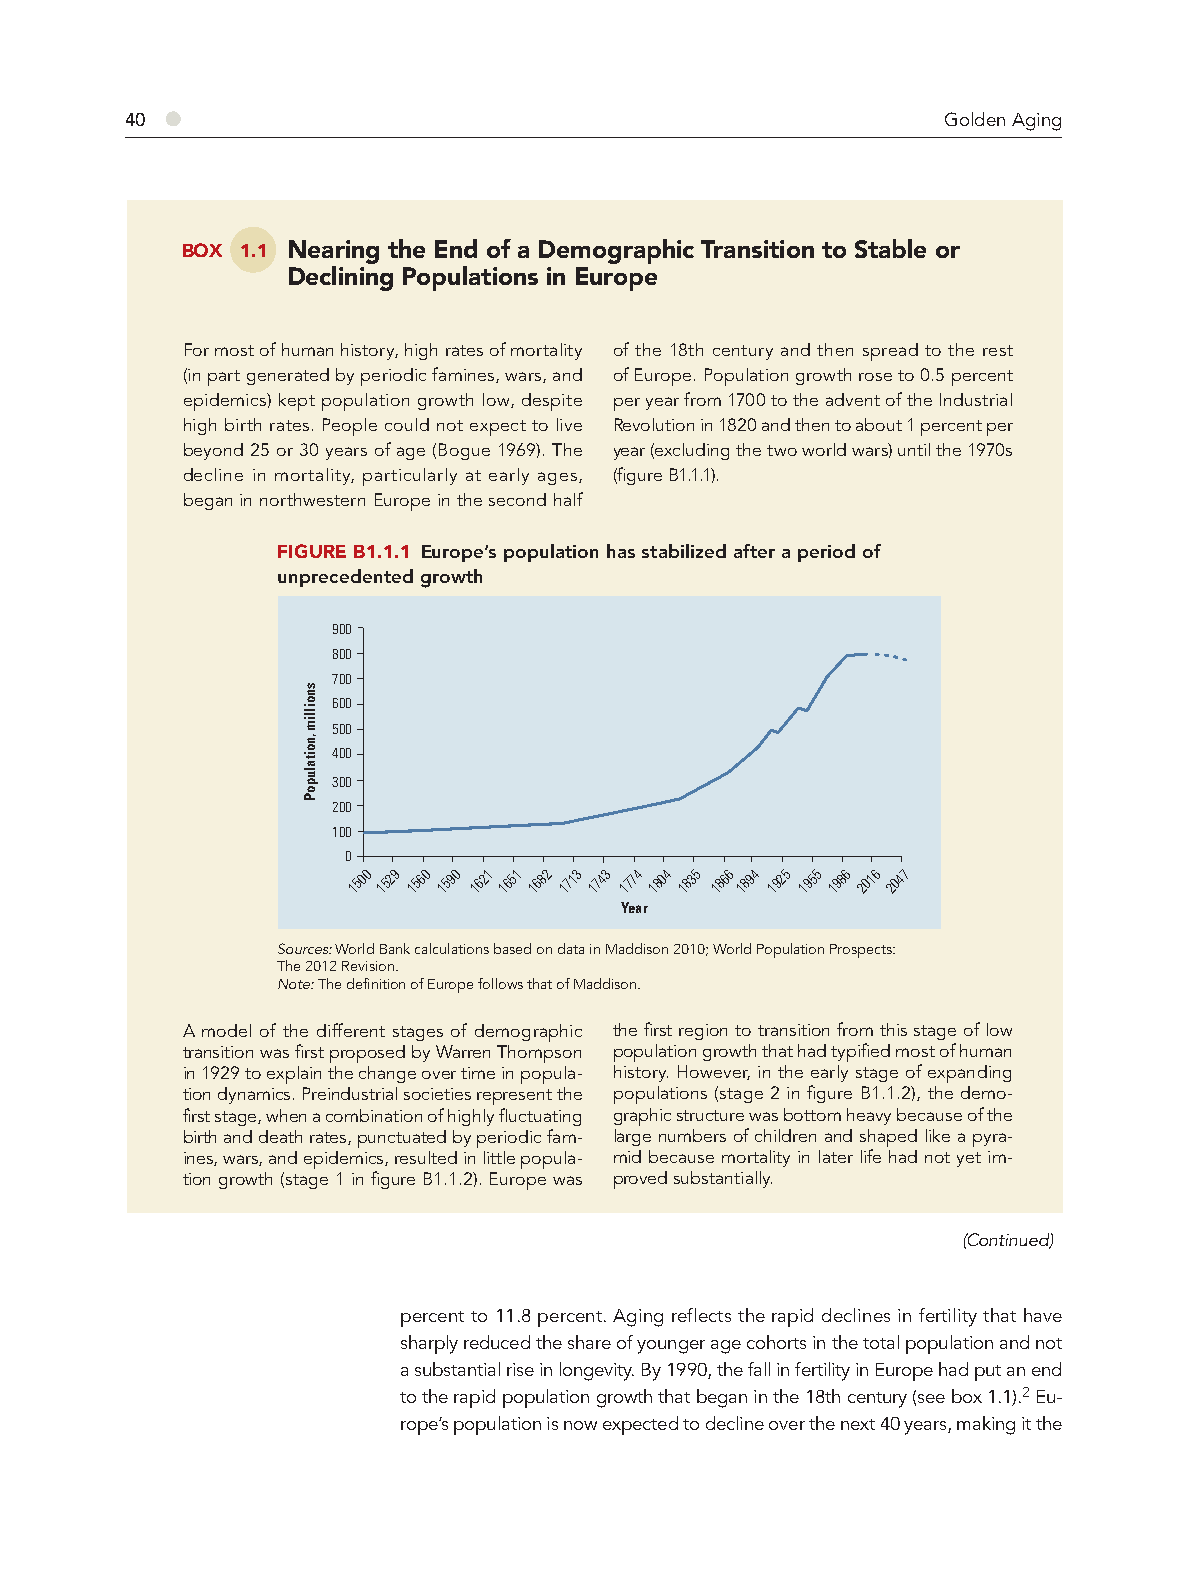
40 ●                                                   Golden Aging
 BOX 1.1 Nearing the End of a Demographic Transition to Stable or
 Declining Populations in Europe
 For most of human history, high rates of mortality of the 18th century and then spread to the rest
 (in part generated by periodic famines, wars, and of Europe. Population growth rose to 0.5 percent
 epidemics) kept population growth low, despite per year from 1700 to the advent of the Industrial
 high birth rates. People could not expect to live Revolution in 1820 and then to about 1 percent per
 beyond 25 or 30 years of age (Bogue 1969). The year (excluding the two world wars) until the 1970s
 decline in mortality, particularly at early ages, (fi gure B1.1.1).
 began in northwestern Europe in the second half
 FIGURE B1.1.1 Europe’s population has stabilized after a period of
 unprecedented growth
 900
 800
 700
 600
 500
 400
 300
 200
 100
 0
 1500 1529 1560 1590 1621 1651 1682 1713 1743 1774 1804 1835 1866 1894 1925 1955 1986 2016 2047
 Year
 Sources: World Bank calculations based on data in Maddison 2010; World Population Prospects:
 The 2012 Revision.
 Note: The definition of Europe follows that of Maddison.
 A model of the different stages of demographic the first region to transition from this stage of low
 transition was first proposed by Warren Thompson population growth that had typified most of human
 in 1929 to explain the change over time in popula- history. However, in the early stage of expanding
 tion dynamics. Preindustrial societies represent the populations (stage 2 in figure B1.1.2), the demo-
 first stage, when a combination of highly fluctuating graphic structure was bottom heavy because of the
 birth and death rates, punctuated by periodic fam- large numbers of children and shaped like a pyra-
 ines, wars, and epidemics, resulted in little popula- mid because mortality in later life had not yet im-
 tion growth (stage 1 in figure B1.1.2). Europe was proved substantially.
 (Continued)
 percent to 11.8 percent. Aging reflects the rapid declines in fertility that have
 sharply reduced the share of younger age cohorts in the total population and not
 a substantial rise in longevity. By 1990, the fall in fertility in Europe had put an end
 to the rapid population growth that began in the 18th century (see box 1.1).2 Eu-
 rope’s population is now expected to decline over the next 40 years, making it the
 snoillim
 ,noitalupoP